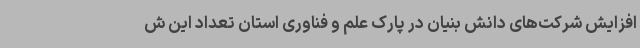
افزایش شرکت‌های دانش بنیان در پارک علم و فناوری استان تعداد این ش